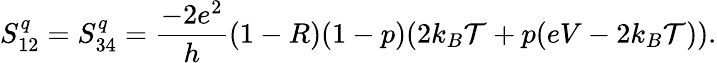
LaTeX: {S_{12}^{q}=S_{34}^{q}=\frac{-2e^{2}}{h}(1-R)(1-p)(2k_{B}\mathcal{T}+p(eV-2k_{B}\mathcal{T}))}.